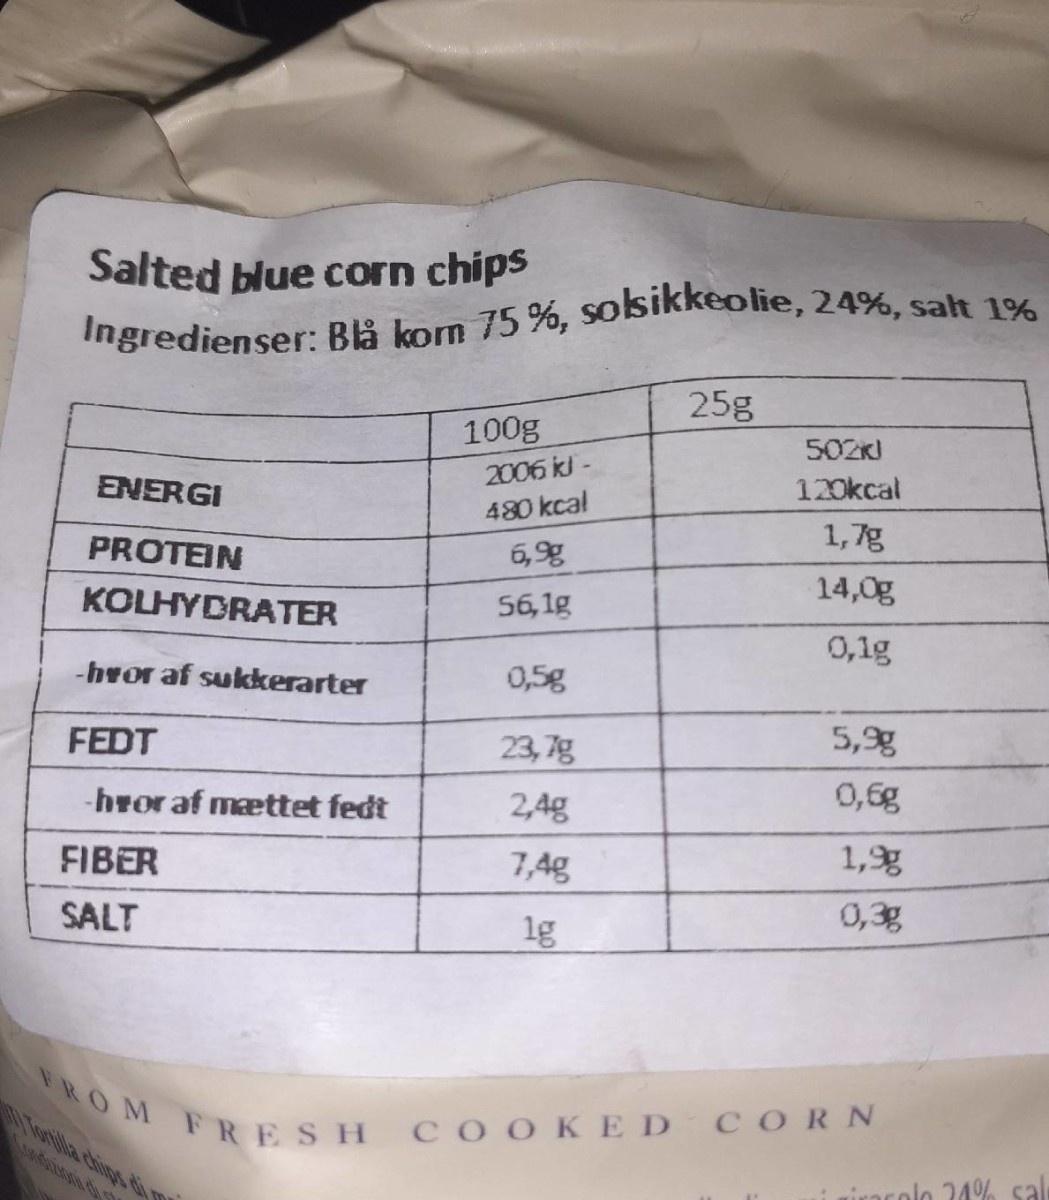
Salted blue corn chips
Ingredienser: Blå kom 75 %, solsikkeolie, 24%, salt 1%
25g
100g 2006 kJ -
502K)
120kcal
ENERGI
480 kcal
1,7g
PROTEIN
6,g
14,0g
KOLHYDRATER
56,1g
0,1g
-hvor af sukkerarter
0,5g
5,9g
FEDT
23, 7g
0,6g
-hror af mættet fedt
2,4g
1,g
FIBER
7,4g
0,3g
SALT
1g
FROM FRESH
DY Tornlla chigs-di m Condion di s
CO OKED CORN
arolo 24%